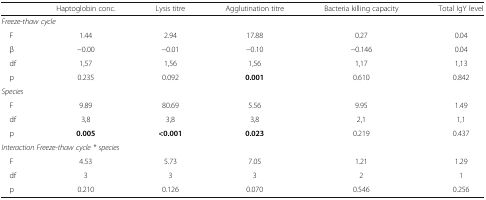
|  | Haptoglobin conc. | Lysis titre | Agglutination titre | Bacteria killing capacity | Total IgY level |
 | --- | --- | --- | --- | --- | --- |
 | <COLSPAN=6> Freeze-thaw cycle |
 | F | 1.44 | 2.94 | 17.88 | 0.27 | 0.04 |
 | β | −0.00 | −0.01 | −0.10 | −0.146 | 0.04 |
 | df | 1,57 | 1,56 | 1,56 | 1,17 | 1,13 |
 | p | 0.235 | 0.092 | 0.001 | 0.610 | 0.842 |
 | <COLSPAN=6> Species |
 | F | 9.89 | 80.69 | 5.56 | 9.95 | 1.49 |
 | df | 3,8 | 3,8 | 3,8 | 2,1 | 1,1 |
 | p | 0.005 | <0.001 | 0.023 | 0.219 | 0.437 |
 | <COLSPAN=6> Interaction Freeze-thaw cycle * species |
 | F | 4.53 | 5.73 | 7.05 | 1.21 | 1.29 |
 | df | 3 | 3 | 3 | 2 | 1 |
 | p | 0.210 | 0.126 | 0.070 | 0.546 | 0.256 |